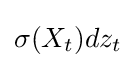
\sigma (X_{t})dz_{t}